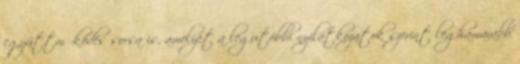
együttműködés sorsa is, amelyet a legutóbbi nyilatkozatok szerint leghamarabb